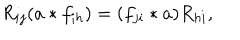
R _ { i j } ( a \ast f _ { i h } ) = ( f _ { j i } \ast a ) R _ { h i } ,